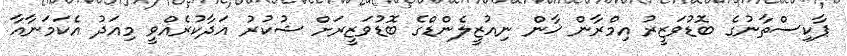
ޕާކިސްތާނުގެ ބޮޑުވަޒީރު އިމްރާން ޚާން ނިއުޒީލެންޑްގެ ބޮޑުވަޒީރަށް ޝުކުރު އަދާކުރެއްވީ މިއަދު އެކަމަނާއާ